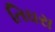
તિઘરા